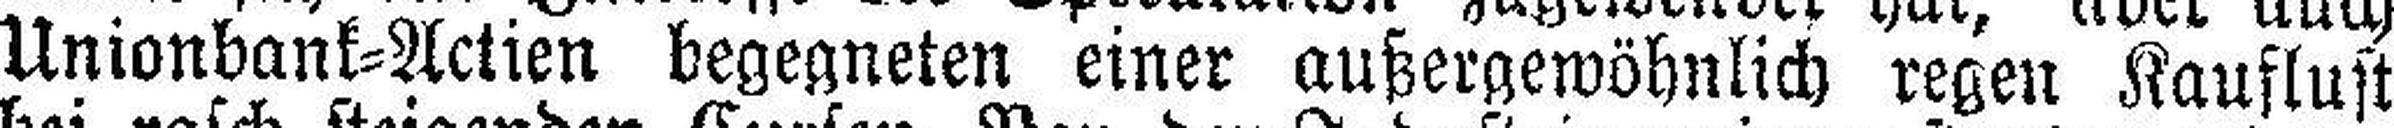
Unionbank=Actien begegneten einer außergewöhnlich regen Kauflust